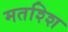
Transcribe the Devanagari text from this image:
मतश्शि